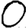
Digit: 0